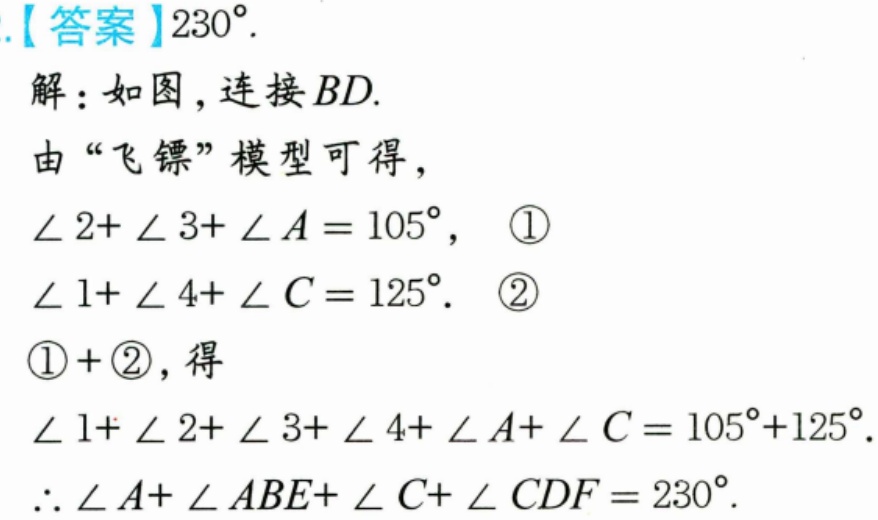
.【答案】\(230^{\circ}\).
解：如图，连接\(BD\).
由“飞镖”模型可得，
\(\angle 2 + \angle 3+\angle A = 105^{\circ}\)， \textcircled{1}
\(\angle 1+\angle 4+\angle C = 125^{\circ}\). \textcircled{2}
\textcircled{1} + \textcircled{2}，得
\(\angle 1+\angle 2+\angle 3+\angle 4+\angle A+\angle C = 105^{\circ}+125^{\circ}\).
\(\therefore\angle A+\angle ABE+\angle C+\angle CDF = 230^{\circ}\).